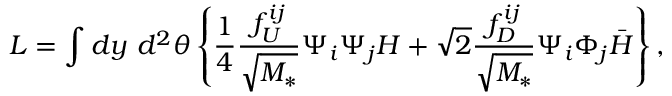
{ \cal L } = \int d y ~ d ^ { 2 } \theta \left\{ \frac { 1 } { 4 } \frac { f _ { U } ^ { i j } } { \sqrt { M _ { * } } } \Psi _ { i } \Psi _ { j } H + \sqrt { 2 } \frac { f _ { D } ^ { i j } } { \sqrt { M _ { * } } } \Psi _ { i } \Phi _ { j } \bar { H } \right\} ,